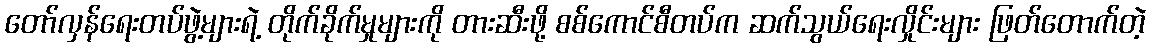
တော်လှန်ရေးတပ်ဖွဲ့များရဲ့ တိုက်ခိုက်မှုများကို တားဆီးဖို့ စစ်ကောင်စီတပ်က ဆက်သွယ်ရေးလှိုင်းများ ဖြတ်တောက်တဲ့